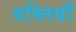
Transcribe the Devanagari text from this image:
वस्तियाँ